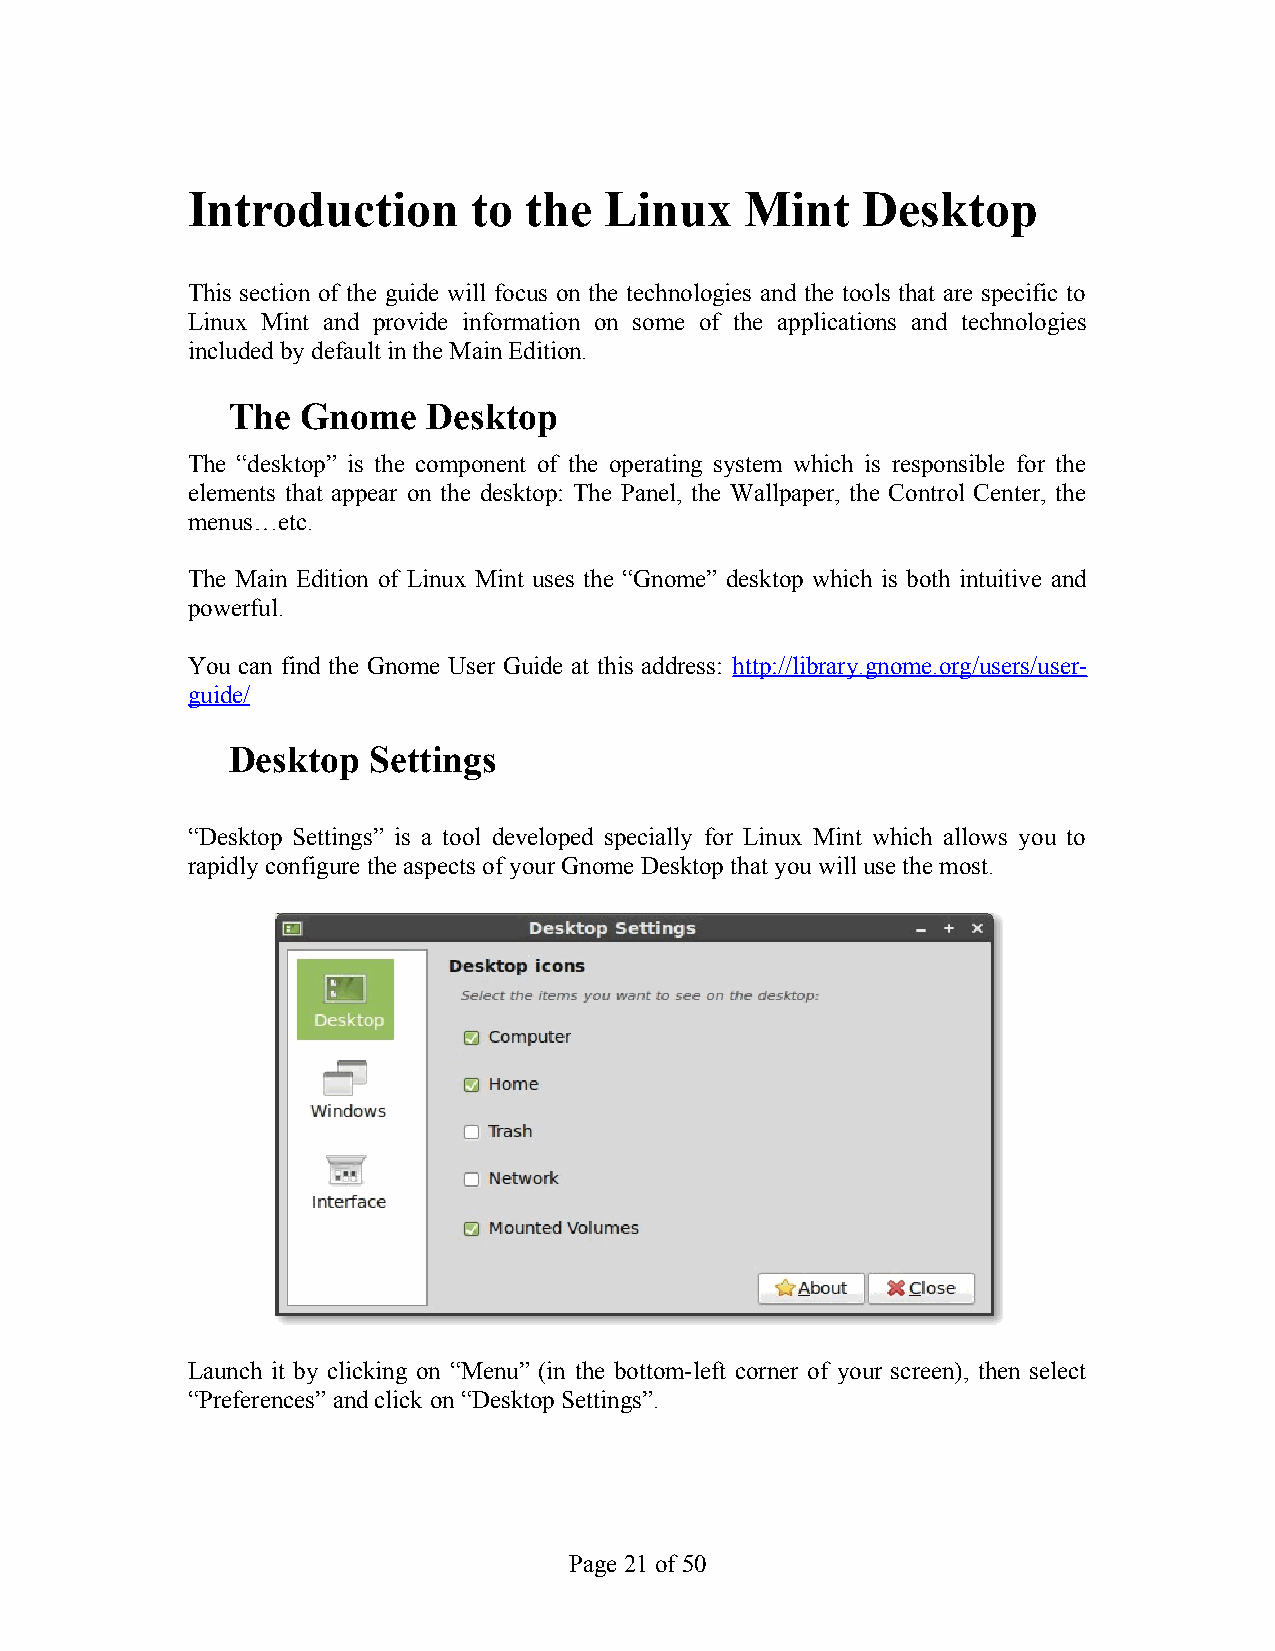
Introduction       to  the  Linux    Mint    Desktop
 This section of the guide will focus on the technologies and the tools that are specific to
 Linux Mint and provide information on some of the applications and technologies
 included by default in the Main Edition.
 The  Gnome   Desktop
 The “desktop” is the component of the operating system which is responsible for the
 elements that appear on the desktop: The Panel, the Wallpaper, the Control Center, the
 menus…etc.
 The Main Edition of Linux Mint uses the “Gnome” desktop which is both intuitive and
 powerful.
 You can find the Gnome User Guide at this address: http://library.gnome.org/users/user-
 guide/
 Desktop  Settings
 “Desktop Settings” is a tool developed specially for Linux Mint which allows you to
 rapidly configure the aspects of your Gnome Desktop that you will use the most.
 Launch it by clicking on “Menu” (in the bottom-left corner of your screen), then select
 “Preferences” and click on “Desktop Settings”.
 Page 21 of 50